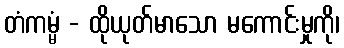
တံကမ္မံ - ထိုယုတ်မာသော မကောင်းမှုကို၊